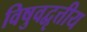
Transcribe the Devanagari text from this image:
विषुवद्वृत्तीय